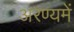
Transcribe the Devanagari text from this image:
अरण्यमें